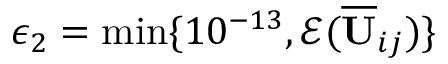
\epsilon _ { 2 } = \operatorname* { m i n } \{ 1 0 ^ { - 1 3 } , \mathcal { E } ( \overline { { \mathbf { U } } } _ { i j } ) \}